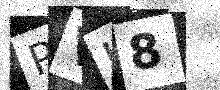
Text: PVU8